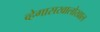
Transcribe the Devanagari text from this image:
व्हेगासखालोखाल